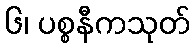
၆၊ ပစ္စနီကသုတ်